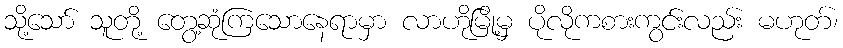
သို့သော် သူတို့ တွေ့ဆုံကြသောနေရာမှာ လာဟိုမြို့မှ ပိုလိုကစားကွင်းလည်း မဟုတ်၊